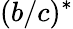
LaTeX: (b/c)^{*}